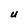
Character: U